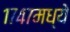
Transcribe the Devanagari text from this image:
१७४७मध्ये